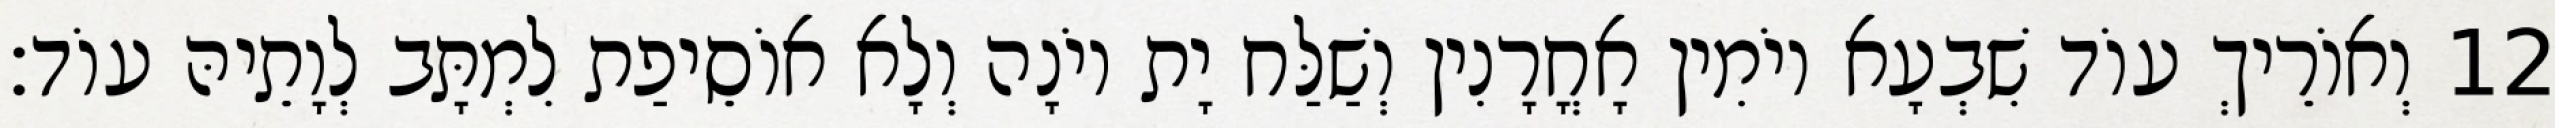
12 וְאוֹרֵיךְ עוֹד שִׁבְעָא יוֹמִין אָחֳרָנִין וְשַׁלַּח יָת יוֹנָה וְלָא אוֹסֵיפַת לִמְתָּב לְוָתֵיהּ עוֹד׃